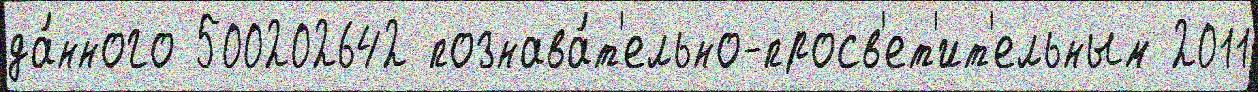
да́нного 500202642 познава́т'ельно-просв'ет'ит'ельным 2011